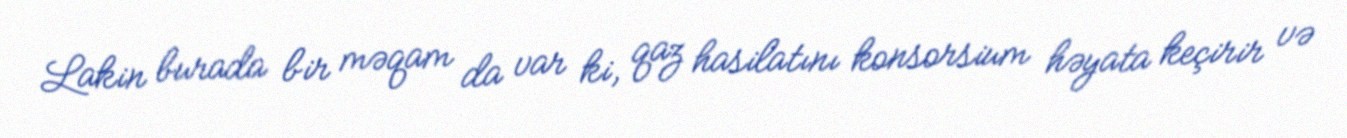
Lakin burada bir məqam da var ki, qaz hasilatını konsorsium həyata keçirir və